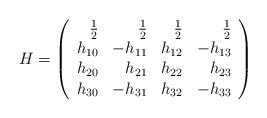
LaTeX: \begin{align*}H =\left(\begin{array} {rrrr}\frac{1}{2} & \frac{1}{2} & \frac{1}{2} & \frac{1}{2} \\h_{10} & -h_{11} & h_{12} & -h_{13} \\h_{20} & h_{21} & h_{22} & h_{23} \\h_{30} & -h_{31} & h_{32} & -h_{33}\end{array}\right)\end{align*}